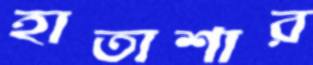
হাতাশার